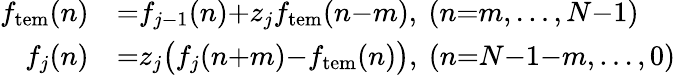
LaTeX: \begin{array}{rl}{f_{\mathrm{tem}}(n)}&{{}{=}f_{j-1}(n){+}z_{j}f_{\mathrm{tem}}(n{-}m),\ (n{=}m,\ldots,N{-}1)}\\ {f_{j}(n)}&{{}{=}z_{j}\big(f_{j}(n{+}m){-}f_{\mathrm{tem}}(n)\big),\ (n{=}N{-}1{-}m,\ldots,0)}\end{array}